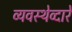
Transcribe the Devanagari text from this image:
व्यवस्थेव्दारे